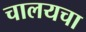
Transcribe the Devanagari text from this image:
चालयचा